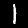
Label: 1